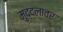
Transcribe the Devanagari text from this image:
मुद्दलावर